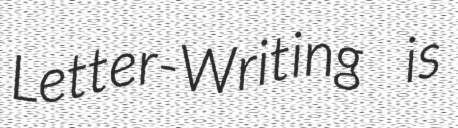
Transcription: Letter-Writing is